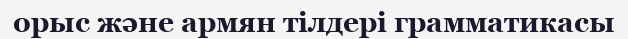
орыс және армян тілдері грамматикасы